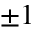
\pm 1